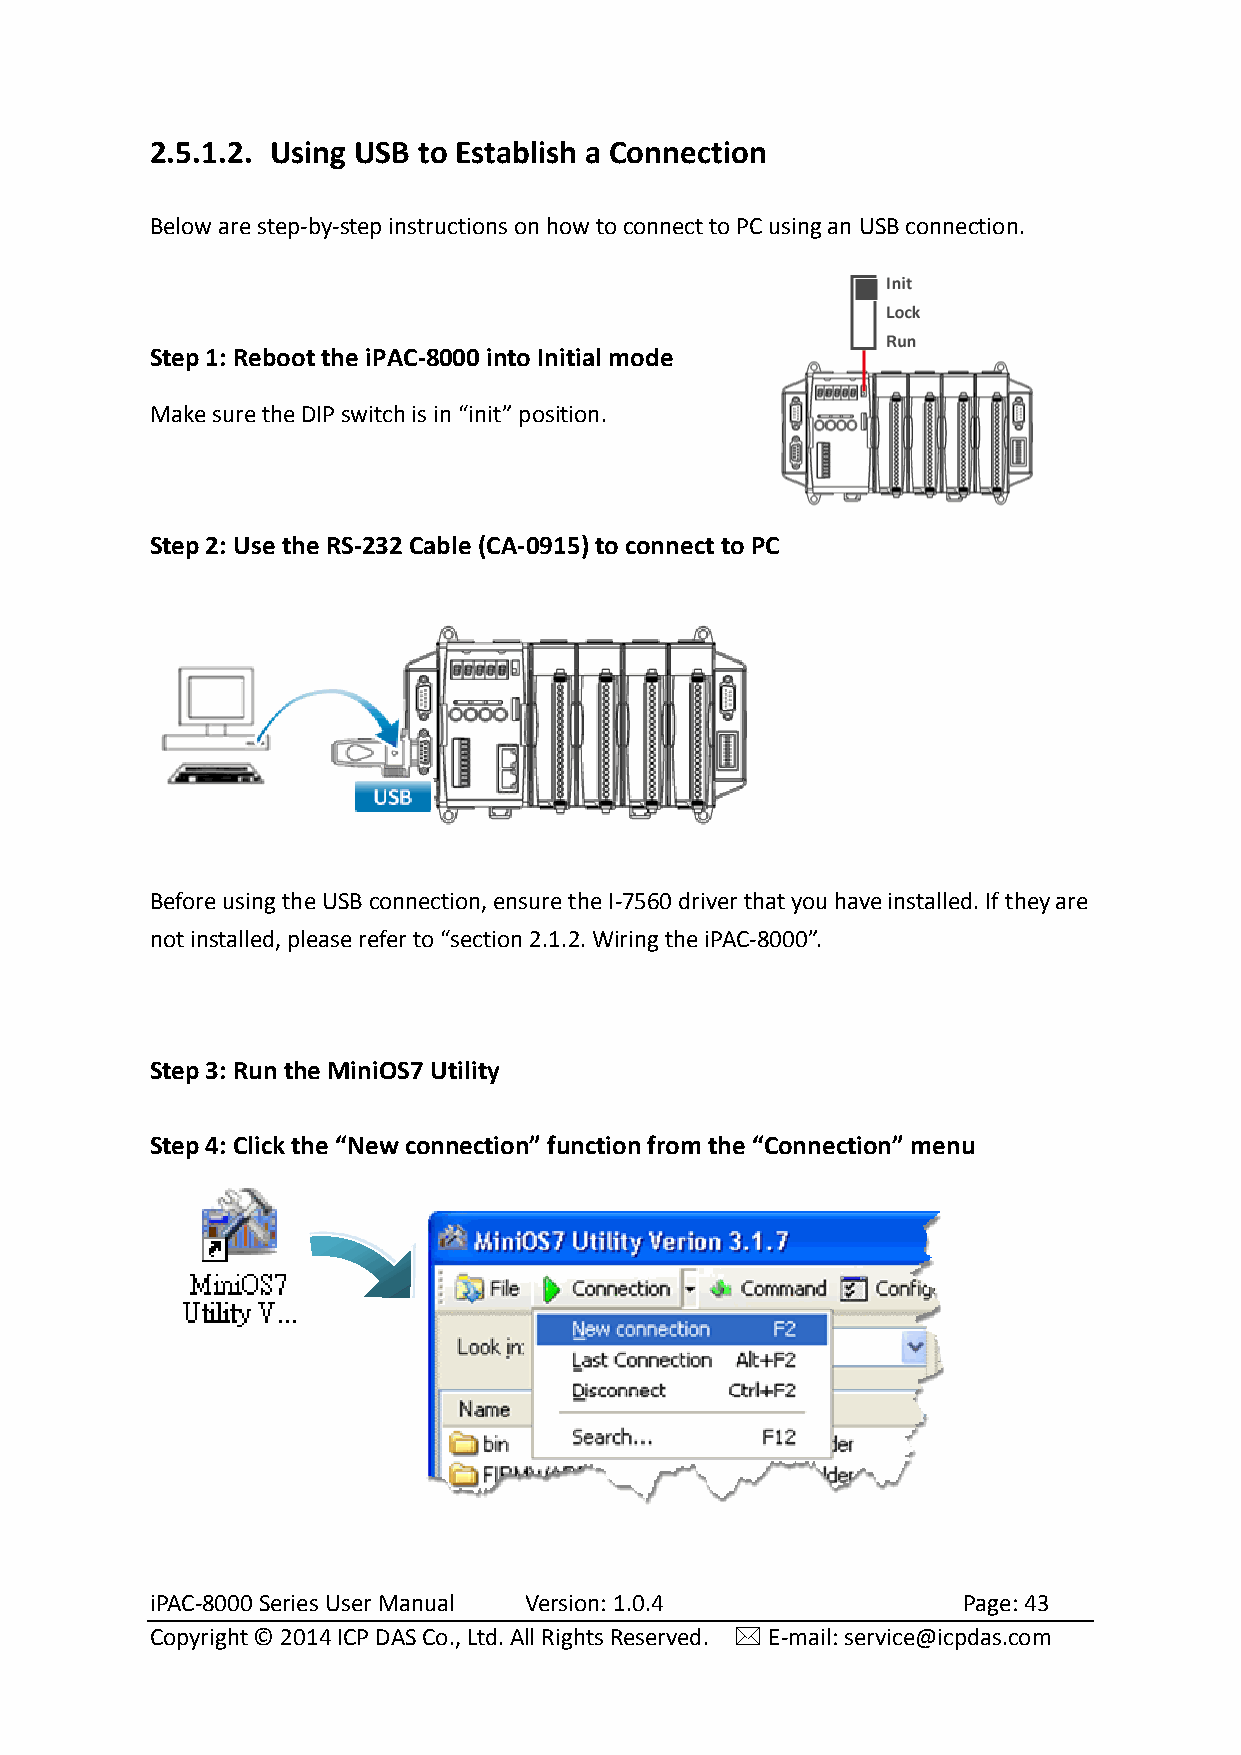
2.5.1.2. Using USB to Establish a Connection
 Below are step-by-step instructions on how to connect to PC using an USB connection.
 Step 1: Reboot the iPAC-8000 into Initial mode
 Make sure the DIP switch is in “init” position.
 Step 2: Use the RS-232 Cable (CA-0915) to connect to PC
 Before using the USB connection, ensure the I-7560 driver that you have installed. If they are
 not installed, please refer to “section 2.1.2. Wiring the iPAC-8000”.
 Step 3: Run the MiniOS7 Utility
 Step 4: Click the “New connection” function from the “Connection” menu
 iPAC-8000 Series User Manual Version: 1.0.4           Page: 43
 Copyright © 2014 ICP DAS Co., Ltd. All Rights Reserved.  E-mail: service@icpdas.com